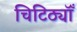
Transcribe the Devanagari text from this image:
चिटिठ्यॉँ